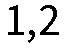
1,2